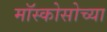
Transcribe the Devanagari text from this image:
मॉस्कोसोच्या